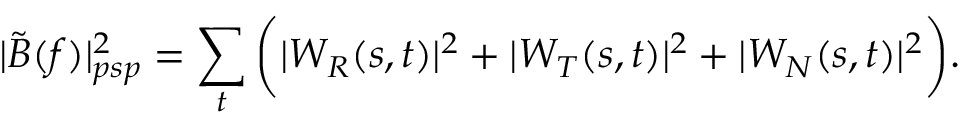
| \tilde { B } ( f ) | _ { p s p } ^ { 2 } = \sum _ { t } \bigg ( | W _ { R } ( s , t ) | ^ { 2 } + | W _ { T } ( s , t ) | ^ { 2 } + | W _ { N } ( s , t ) | ^ { 2 } \bigg ) .